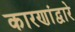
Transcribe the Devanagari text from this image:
कारणांद्वारे